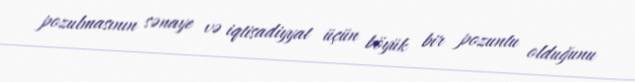
pozulmasının sənaye və iqtisadiyyat üçün böyük bir pozuntu olduğunu